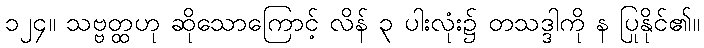
၁၂၄။ သဗ္ဗတ္ထဟု ဆိုသောကြောင့် လိန် ၃ ပါးလုံး၌ တသဒ္ဒါကို န ပြုနိုင်၏။